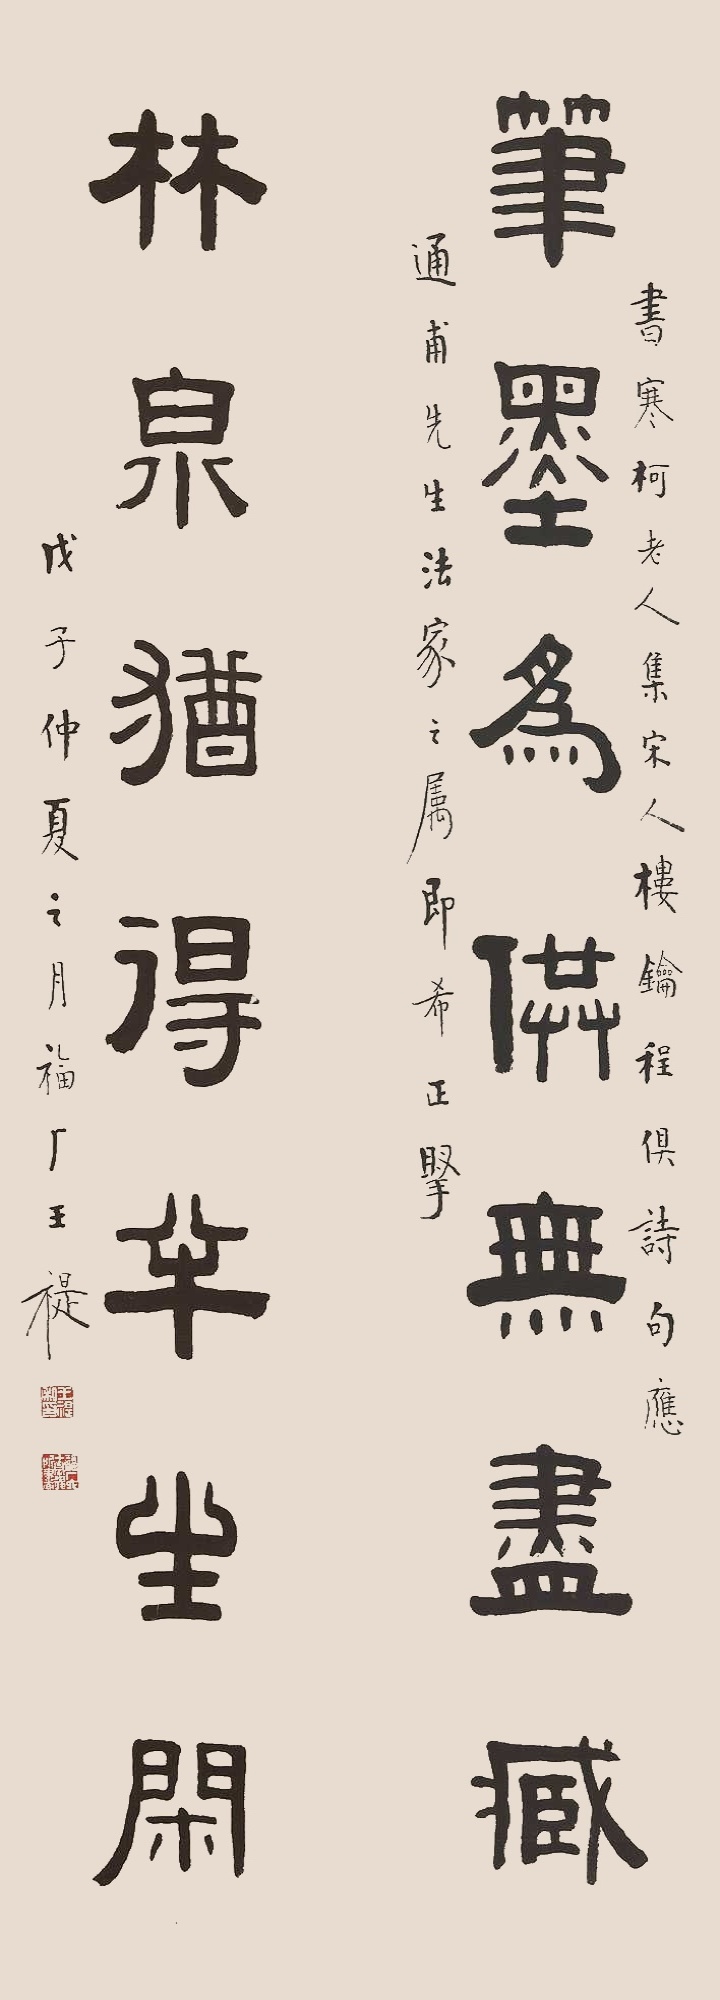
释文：笔墨为供无尽藏，林泉犹得半生闲书寒柯老人集宋人楼钥程俱诗句应通甫先生法家之属即希正腕。戊子（1948年）仲夏之月，福厂王禔。